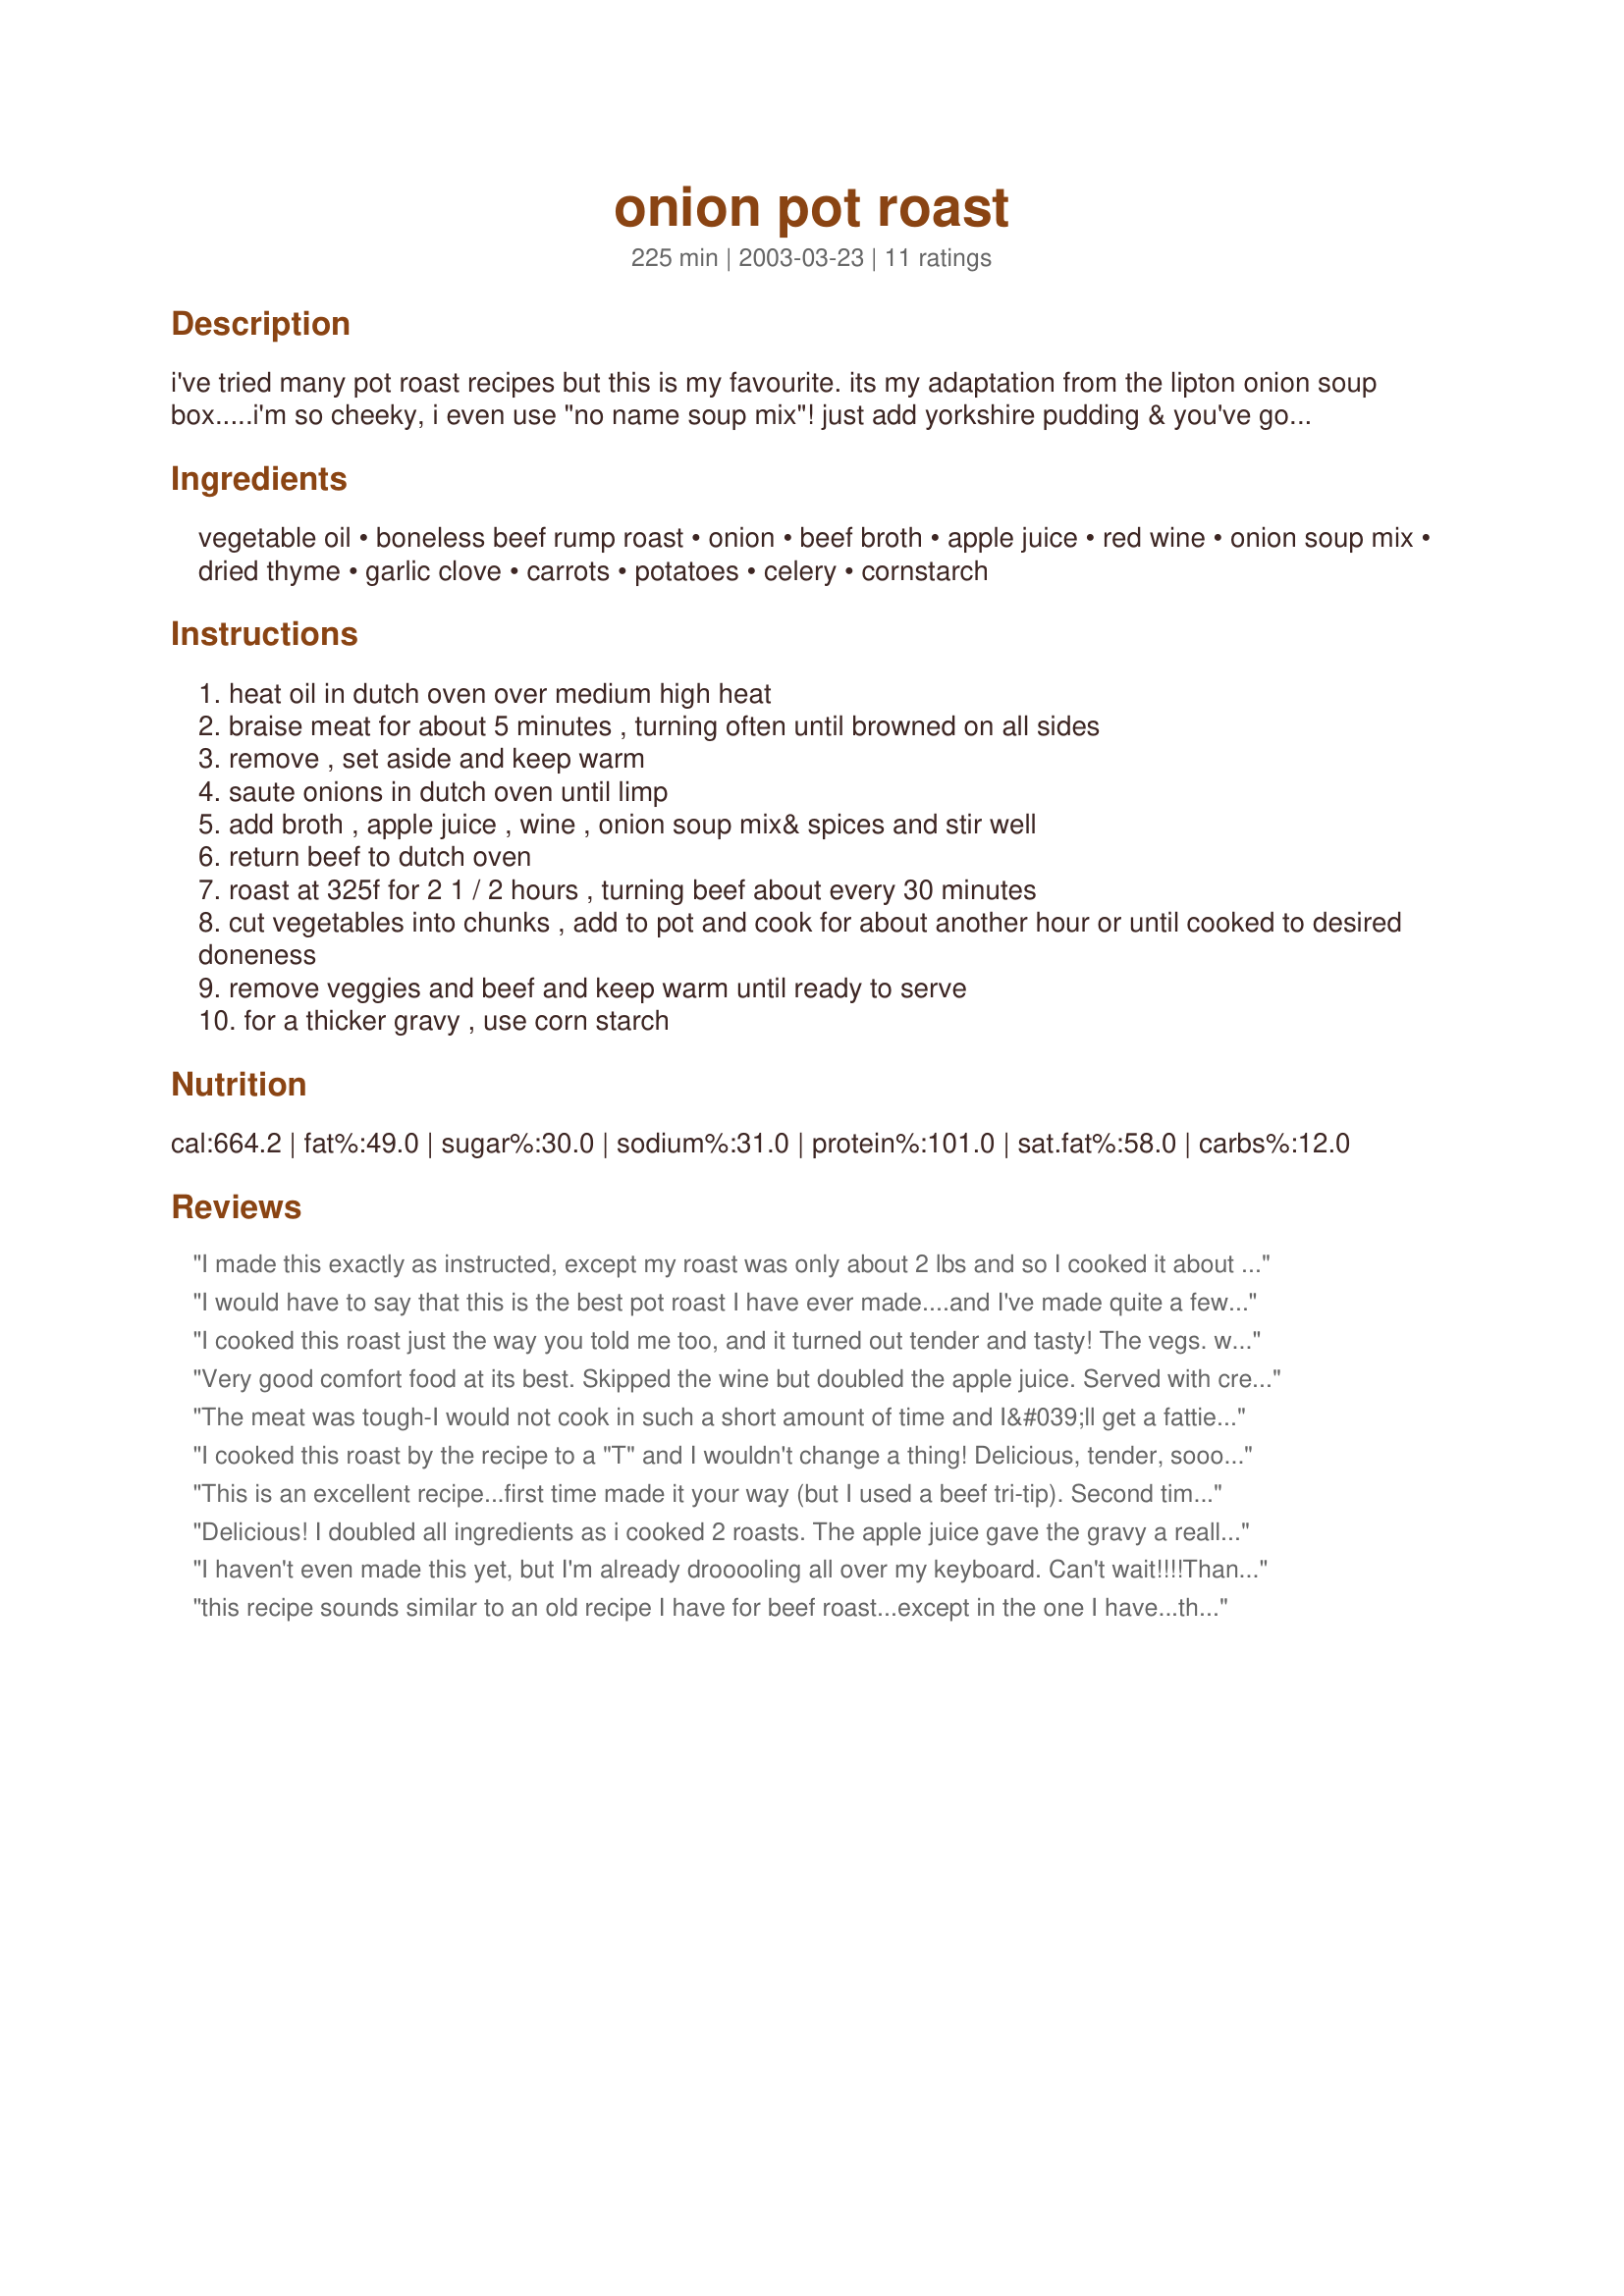
onion pot roast
Preparation time: 225 minutes

i've tried many pot roast recipes but this is my favourite. its my adaptation from the lipton onion soup box.....i'm so cheeky, i even use "no name soup mix"! just add yorkshire pudding & you've got a tasty dinner. when i make this for 2 people, i use the leftovers in beef vegetable soup or beef barley soup.

Ingredients:
vegetable oil, boneless beef rump roast, onion, beef broth, apple juice, red wine, onion soup mix, dried thyme, garlic clove, carrots, potatoes, celery, cornstarch

Steps:
heat oil in dutch oven over medium high heat
braise meat for about 5 minutes , turning often until browned on all sides
remove , set aside and keep warm
saute onions in dutch oven until limp
add broth , apple juice , wine , onion soup mix& spices and stir well
return beef to dutch oven
roast at 325f for 2 1 / 2 hours , turning beef about every 30 minutes
cut vegetables into chunks , add to pot and cook for about another hour or until cooked to desired doneness
remove veggies and beef and keep warm until ready to serve
for a thicker gravy , use corn starch

Reviews:
I made this exactly as instructed, except my roast was only about 2 lbs and so I cooked it about 45 minutes less than the recipe specified. I was nervous because I'd never made pot roast before, but it turned out really great! It really was better than many I have had before. Thanks for such a great recipe!
I would have to say that this is the best pot roast I have ever made....and I've made quite a few using different recipes. Thank you for posting!
I cooked this roast just the way you told me too, and it turned out tender and tasty! The vegs. were good too. The juices mixed together well and it was devoured! Thanks!
Very good comfort food at its best. Skipped the wine but doubled the apple juice. Served with crescent rolls and apple pie with cool whip -- great meal. Thanks for sharing!
The meat was tough-I would not cook in such a short amount of time and I&#039;ll get a fattier piece of meat. This wasn&#039;t too good-crock pot on low is the way to go!!
I cooked this roast by the recipe to a "T" and I wouldn't change a thing! Delicious, tender, soooo good. Thanks CL!
This is an excellent recipe...first time made it your way (but I used a beef tri-tip). Second time made it on top of the stove. I did everything as you said, then brought it to a boil, turned down to simmer for 1 hour. I then remove the pot roast, slice it and put it back in the pot with the veggies (no celery, kids &amp; wife don't like celery), and bring it back to a boil, then simmer for another 1 hour to an hour and fifteen minutes...tender, juicy, deliciousness! Pot roast has always been a favorite of mine and your recipe just made it better!
Delicious! I doubled all ingredients as i cooked 2 roasts. The apple juice gave the gravy a really nice kick!... also, I threw in about 2 Tbsps chopped fresh garlic in with the onions. I used blade roasts and they turned out tender and delicious, we loved the gravy also!. Thanks CL for another winner!...Kitten:)
I haven't even made this yet, but I'm already drooooling all over my keyboard. Can't wait!!!!Thanks CL!...Doggydog;)
this recipe sounds similar to an old recipe I have for beef roast...except in the one I have...the liquid is a can of beer...(and water)...and a few caraway seeds. When this cooks on top of your stove you wouldn't believe the magnificent aroma which spreads through your house !!
Wonderful pot roast!
